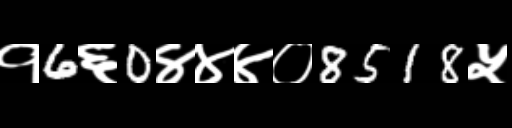
Text: १6६0४४४०8518५